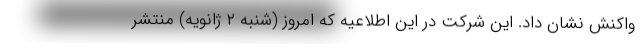
واکنش نشان داد. این شرکت در این اطلاعیه که امروز (شنبه ۲ ژانویه) منتشر